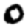
Digit: 0